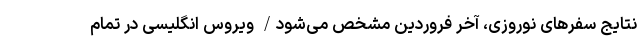
نتایج سفرهای نوروزی، آخر فروردین مشخص می‌‌شود/ ویروس انگلیسی در تمام